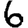
Digit: 6